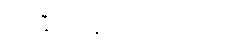
ရင်းနှီးမြုပ်နှံဖို့ မလွယ်တာပါ။